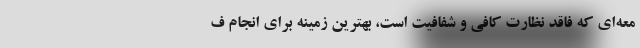
معه‌ای که فاقد نظارت کافی و شفافیت است، بهترین زمینه برای انجام ف